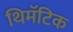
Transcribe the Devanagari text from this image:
थिमॅटिक